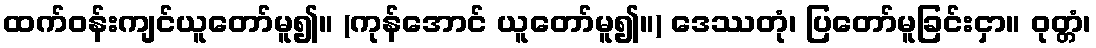
ထက်ဝန်းကျင်ယူတော်မူ၍။ (ကုန်အောင် ယူတော်မူ၍။) ဒေဿတုံ၊ ပြတော်မူခြင်းငှာ။ ဝုတ္တံ၊